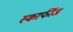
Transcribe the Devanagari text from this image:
स्कार्फीज